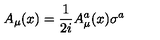
A _ { \mu } ( x ) = { \frac { 1 } { 2 i } } A _ { \mu } ^ { a } ( x ) \sigma ^ { a }